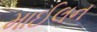
માઈલન